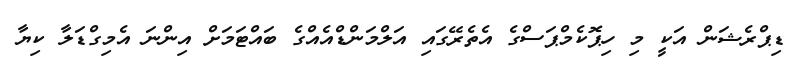
ޑިޕްރެޝަން އަކީ މި ހިޕޮކެމްޕަސްގެ އެތެރޭގައި އަލްމަންޑްއެއްގެ ބައްޓަމަށް އިންނަ އެމިގްޑަލާ ކިޔާ